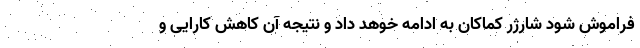
فراموش شود شارژر کماکان به ادامه خوهد داد و نتیجه آن کاهش کارایی و